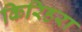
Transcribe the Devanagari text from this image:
किरिहरा